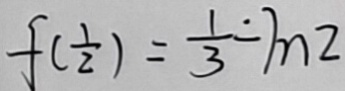
f ( \frac { 1 } { 2 } ) = \frac { 1 } { 3 } - 1 n 2